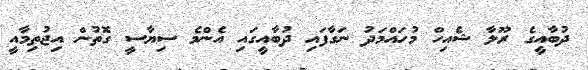
ދުބާއީގެ ރޫލާ ޝެއިހް މުހައްމަދު ނަގާފައި ދުބާއީގައި އެންމެ ސިޔާސީ ގޮތުން އިޖުތިމާއީ